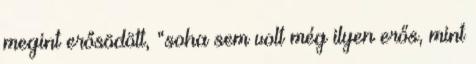
megint erősödött, “soha sem volt még ilyen erős, mint